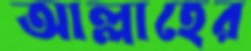
আল্লাহের